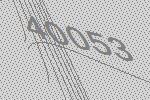
40053